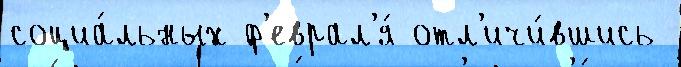
социа́льных ф'еврал'я́ отл'ичи́вшись